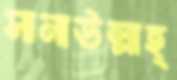
সানাউল্লাহ্